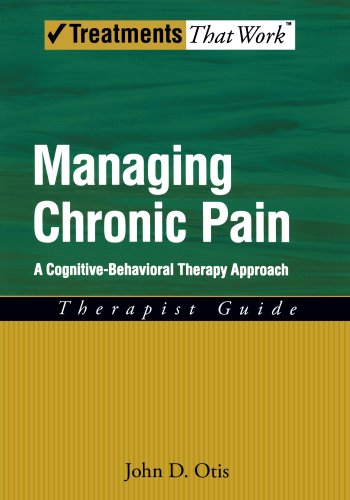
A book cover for Managing Chronic Pain: A Cognitive-Behavioral Therapy Approach Therapist Guide (Treatments That Work); John D. Otis; Health, Fitness & Dieting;